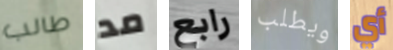
طالب مد رابع ويطلب أي